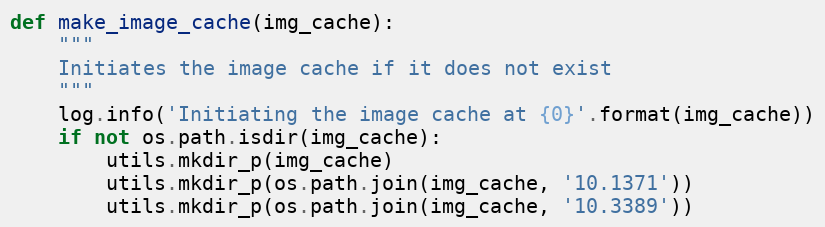
Language: Python
def make_image_cache(img_cache):
    """
    Initiates the image cache if it does not exist
    """
    log.info('Initiating the image cache at {0}'.format(img_cache))
    if not os.path.isdir(img_cache):
        utils.mkdir_p(img_cache)
        utils.mkdir_p(os.path.join(img_cache, '10.1371'))
        utils.mkdir_p(os.path.join(img_cache, '10.3389'))